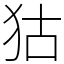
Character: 狜